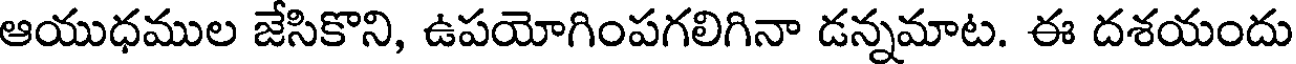
ఆయుధముల జేసికొని, ఉపయోగింపగలిగినా డన్నమాట. ఈ దశయందు